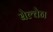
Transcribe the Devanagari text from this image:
बेल्चेन